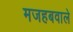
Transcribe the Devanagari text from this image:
मजहबवाले